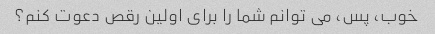
خوب، پس، می توانم شما را برای اولین رقص دعوت کنم؟